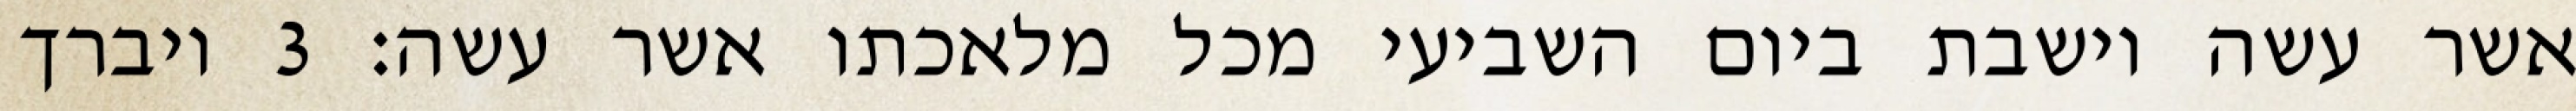
אשר עשה וישבת ביום השביעי מכל מלאכתו אשר עשה׃ ‎3‏ ויברך